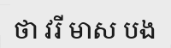
ថា វរី មាស បង